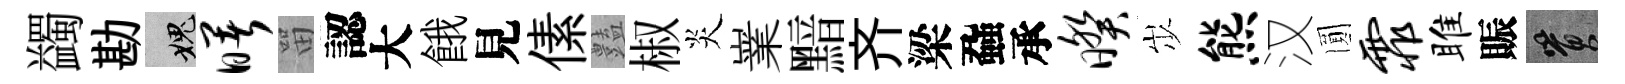
蠲勘愧曙㽞認大餓見傃𧰟椒炎嶪黯齐梁蝨承暌𡵯熊汉圎霏雎賑篔